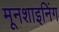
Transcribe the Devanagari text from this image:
मूनशाइनिंग